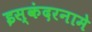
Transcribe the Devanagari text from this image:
इस्कंदरनामे